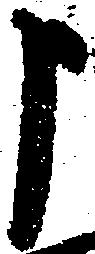
申